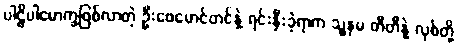
ပါဠိပါမောက္ခဖြစ်လာတဲ့ ဦးဖေမောင်တင်နဲ့ ရင်းနှီးခဲ့ရာက သူ့နှမ တီတီနဲ့ လုစ်တို့